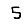
Digit: 5